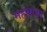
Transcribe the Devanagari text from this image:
महमाया